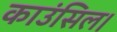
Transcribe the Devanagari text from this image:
काउंसिल।